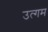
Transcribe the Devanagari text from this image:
उत्गम